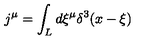
j ^ { \mu } = \int _ { L } d \xi ^ { \mu } \delta ^ { 3 } ( x - \xi )